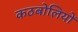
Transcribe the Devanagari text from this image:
कठबोलियों